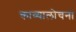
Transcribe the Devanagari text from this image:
काव्यालोचना